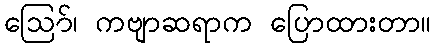
ဪ၊ ကဗျာဆရာက ပြောထားတာ။